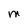
Character: M